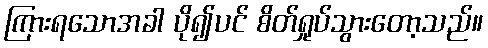
ကြားရသောအခါ ပို၍ပင် စိတ်ရှုပ်သွားတော့သည်။